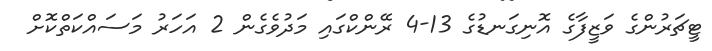
ޓީޗަރުންގެ ވަޒީފާގެ އޮނިގަނޑުގެ 13-4 ރޭންކްގައި މަދުވެގެން 2 އަހަރު މަސައްކަތްކޮށް